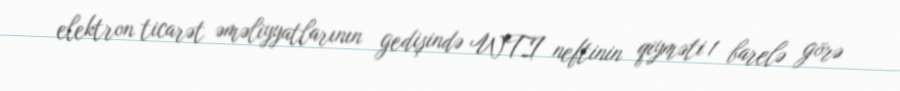
elektron ticarət əməliyyatlarının gedişində WTI neftinin qiyməti 1 barelə görə